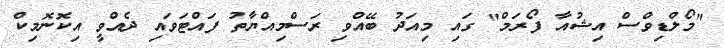
"މޯލްޑިވްސް އިޝުއާ ފޯރަމް" ގައި މިއަދު ބޭއްވި ރަސްމިއްޔާތު ފައްޓަވައި ދެއްވީ އިކޮނޮމިކް